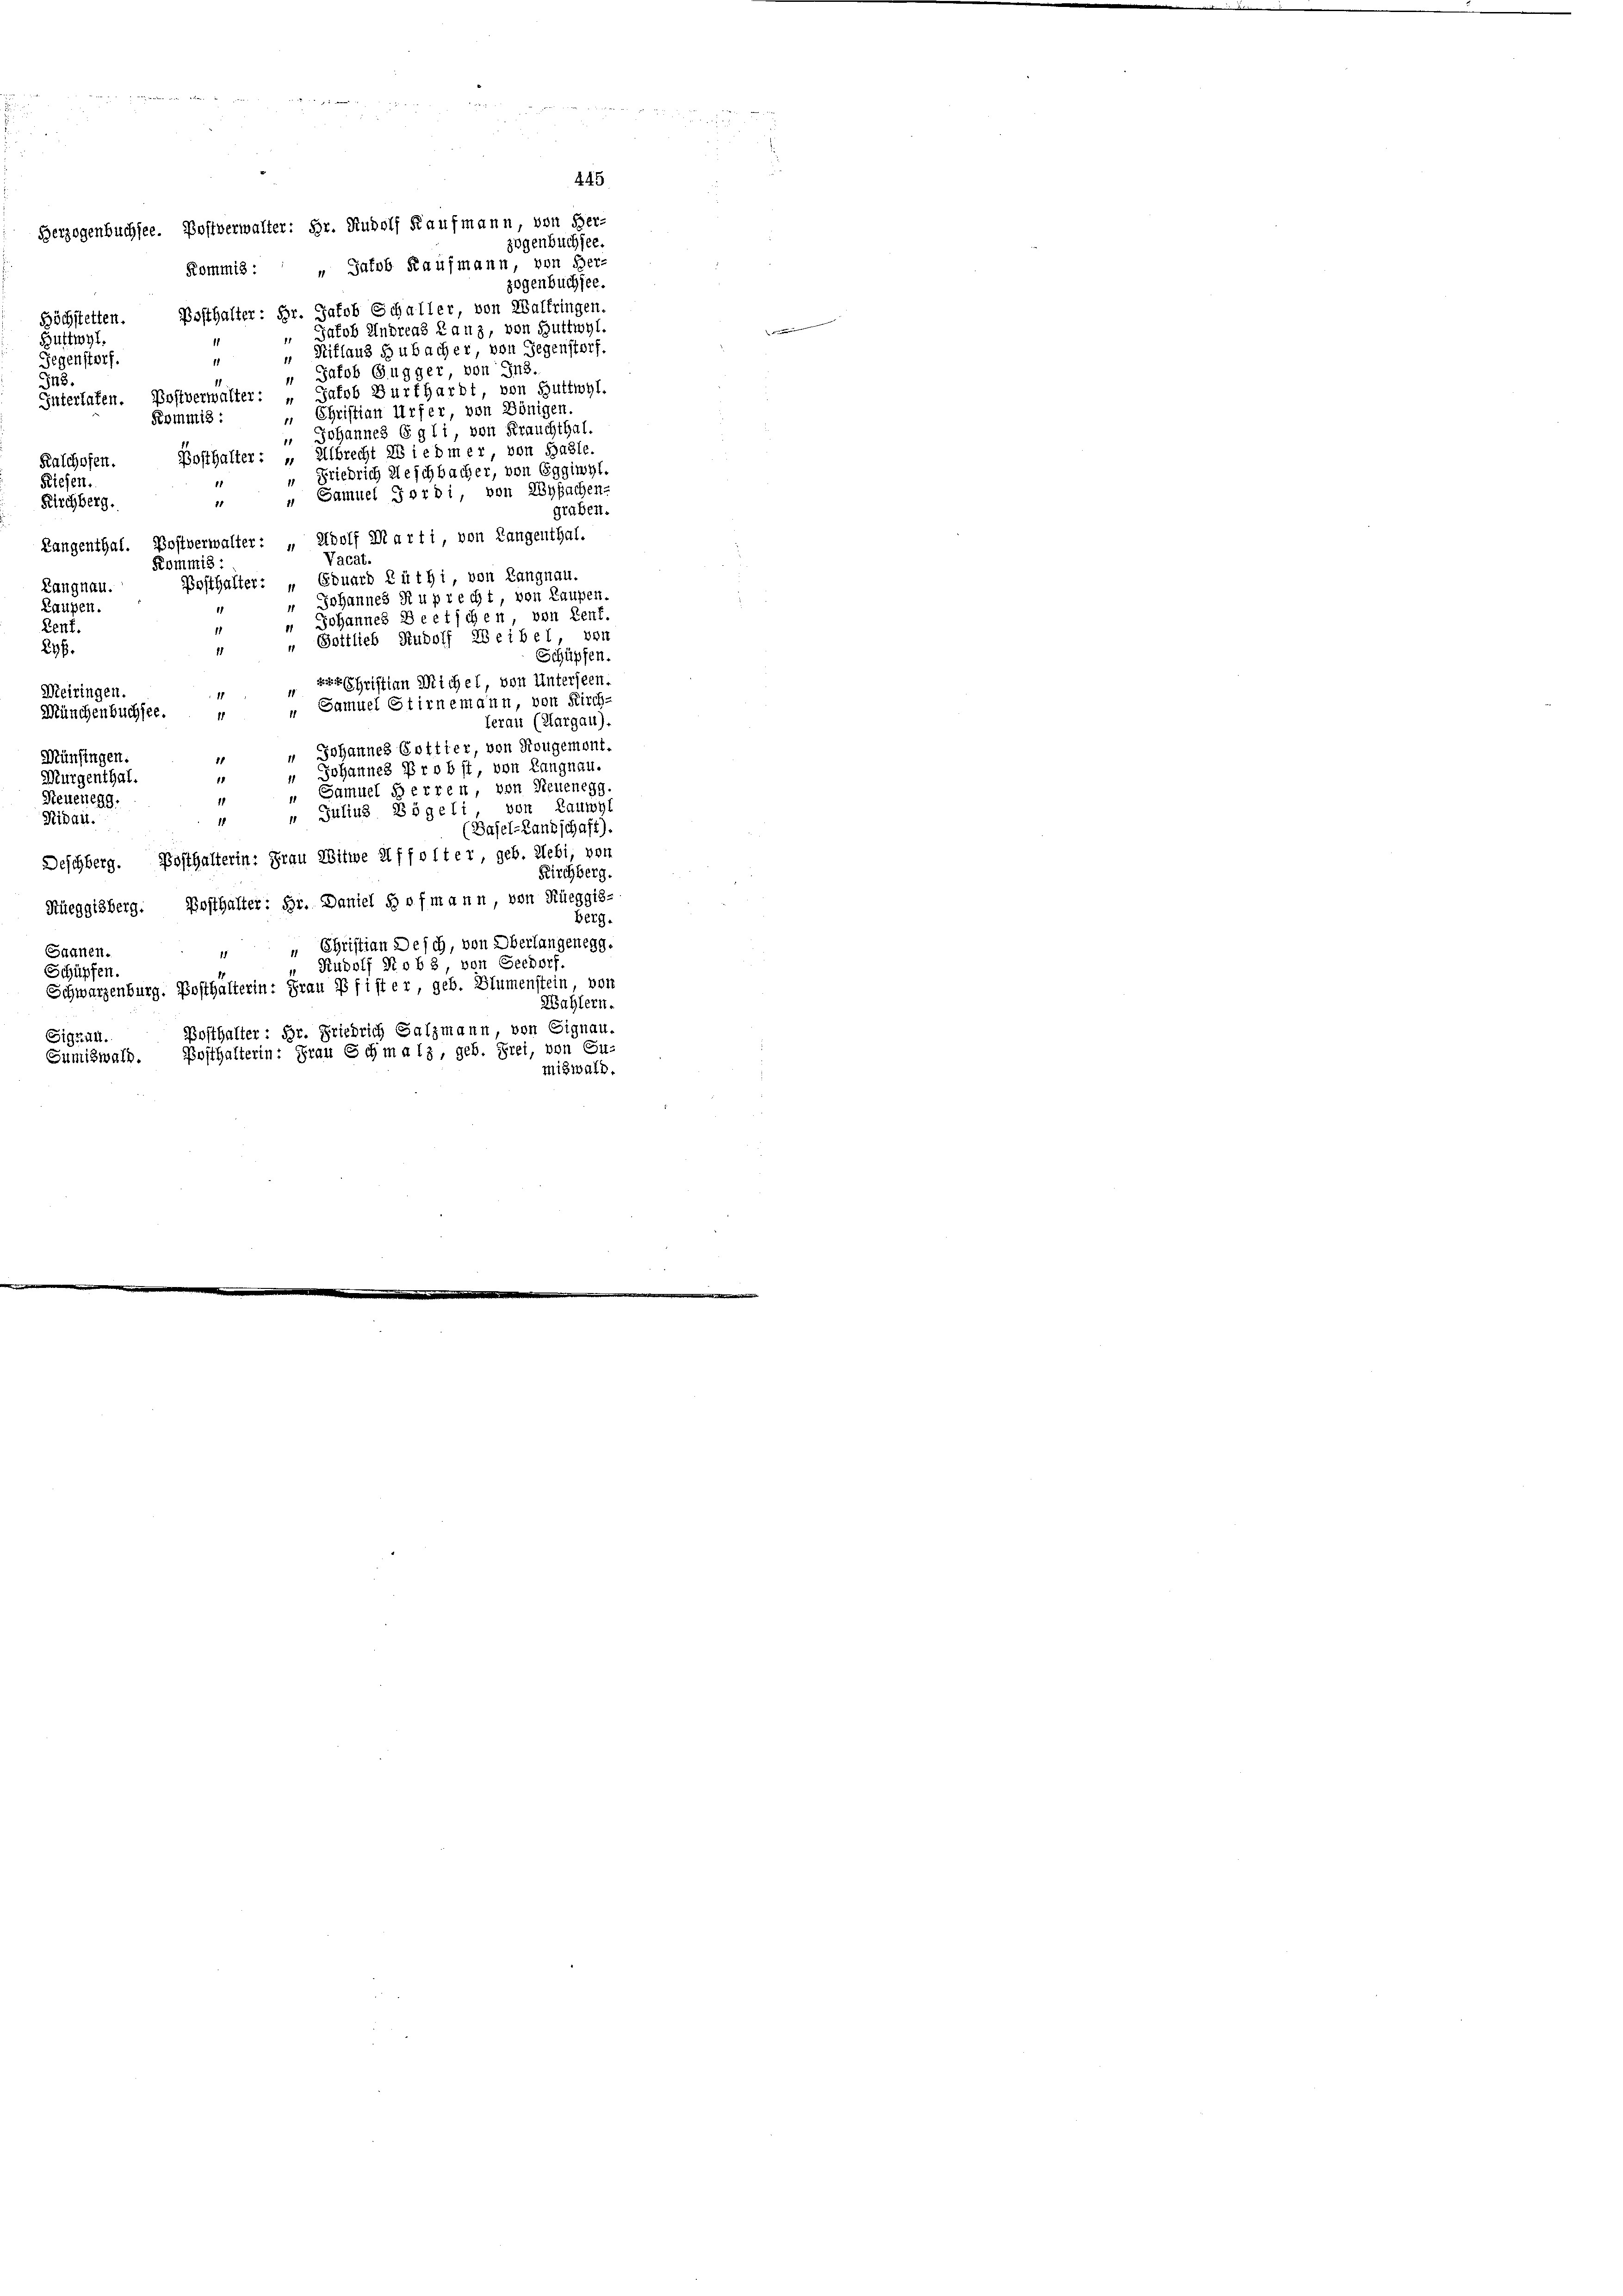
I48.
Riesen.
Zenf.
296.

Herzogenbuchsee. Postverwalter: Hr. Rudolf Kaufmann, von Her¬
Kommis: „Jakob Kaufmann, von Her-
Posthalter: Hr. Jakob Schaller von Walfringen.
Höchstetten.
Jakob Andreas Lanz, von Buttwyl,
Buttwyl,
 „ Siflaus Hubacher, von Gegenstorf.
Gegenstorf.
" Patob Gugger, von Ins.
Interlafen. Postverwalter: „Jakob Burkhardt, von Guttwyl.
„ Christian Urfer, von Königen.
Kommis :
 Johannes Egli, von Frauchthal.
Posthalter: „Albrecht 26 iedmer, von Basle
Kaschofen.
Friedrich Aeschbacher, von Eggiwyl.
" " Samuel Ferdi, von Zypachen
Kirchberg.
Langenthal. Postverwalter: „Adolf Marti, von Langenthal.
Vacat.
Kommis:
Posthalter: „ Eduard Rüthi, von Langnau.
Langnau.
Johannes Ruprecht, von Laupen.
Laupen.
 Johannes Beetschen von Rent
1
„Gottlieb Rudolf Weibel, von
11
zerschriften Michel, von Unterseen.
Meiringen.
1
" Samuel Stirnemann, von Kirch-
Münchenbuchsee.
1
terau (Aargau).
" Johannes Gottter, von Rougement.
Münfingen.
" Johannes Probst, von Langnau.
1
Mürgenthal.
" Samuel Herren von Neuenegg.
Steueregg.
 Julius Bögeli, von Launy
Nidau.
11
(Basel-Landschaft)
Deschberg. Posthalterin: Frau Witwe Affolter geb. Webi, von
Küeggisberg. Posthalter: Hr. Daniel Hofmann, von Rüeggis-
„ Christian Desch, von Oberlangenegg.
Saanen.
Rudolf Rob 3, von Geedorf
Schüpfen.
Schwarzenburg. Posthälterin: Frau Pfister, geb. Blumenstein von
Wahlern.
Bosthalter: Hr. Friedrich Salzmann, von Signau
Sigrull.
Posthalterin: Frau Schma 13, geb. Frei, von Cu-
Sumiswald.

445

zogenbuchsee.
zogenbuchsee.

graben.
Schüpfen.
Kirchberg.
Berg.
miswald.